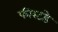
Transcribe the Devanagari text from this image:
फीस्टडे